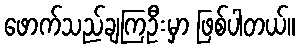
ဖောက်သည်ချကြဦးမှာ ဖြစ်ပါတယ်။